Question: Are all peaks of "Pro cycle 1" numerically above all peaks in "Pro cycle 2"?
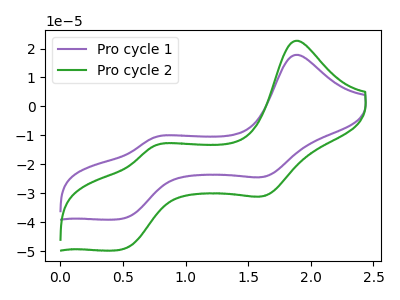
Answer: <think>The purple curve "Pro cycle 1" has anodic peaks at (1.90V, 17.85uA) (0.75V, -10.75uA) and cathodic peaks at (1.65V, -24.10uA) (0.50V, -38.80uA). The green curve "Pro cycle 2" has anodic peaks at (1.90V, 22.70uA) (0.75V, -13.65uA) and cathodic peaks at (1.65V, -30.70uA) (0.50V, -49.40uA).</think>
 <answer>The peaks in "Pro cycle 1" are neither all higher or all lower than the peaks in "Pro cycle 2".</answer>
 <eval>mixed</eval>